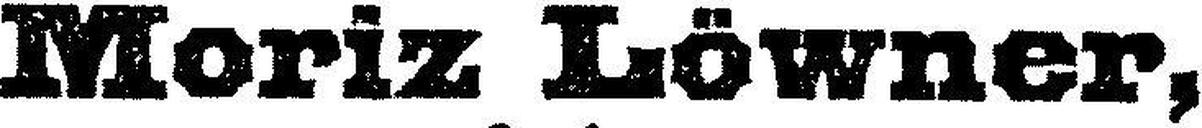
Moriz Löwner,